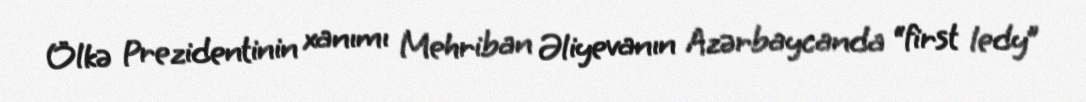
Ölkə Prezidentinin xanımı Mehriban Əliyevanın Azərbaycanda “first ledy”